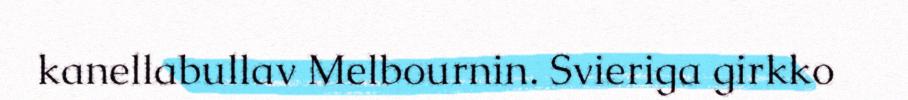
kanellabullav Melbournin. Svieriga girkko